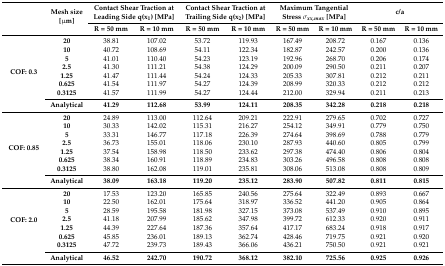
<table><thead><tr><td rowspan="2"></td><td rowspan="2"><b>Mesh size [μm]</b></td><td colspan="2"><b>Contact Shear Traction at Leading Side q(x<sub>1</sub>) [MPa]</b></td><td colspan="2"><b>Contact Shear Traction at Trailing Side q(x<sub>2</sub>) [MPa]</b></td><td colspan="2"><b>Maximum Tangential Stress <i>σ<sub>xx,max</sub></i> [MPa]</b></td><td colspan="2"><b>c/a</b></td></tr><tr><td><b>R = 50 mm</b></td><td><b>R = 10 mm</b></td><td><b>R = 50 mm</b></td><td><b>R = 10 mm</b></td><td><b>R = 50 mm</b></td><td><b>R = 10 mm</b></td><td><b>R = 50 mm</b></td><td><b>R = 10 mm</b></td></tr></thead><tbody><tr><td rowspan="8"><b>COF: 0.3</b></td><td><b>20</b></td><td>38.81</td><td>107.02</td><td>53.72</td><td>119.93</td><td>167.49</td><td>208.72</td><td>0.167</td><td>0.136</td></tr><tr><td><b>10</b></td><td>40.72</td><td>108.69</td><td>54.11</td><td>122.34</td><td>182.87</td><td>242.57</td><td>0.200</td><td>0.136</td></tr><tr><td><b>5</b></td><td>41.01</td><td>110.40</td><td>54.23</td><td>123.19</td><td>192.96</td><td>268.70</td><td>0.206</td><td>0.174</td></tr><tr><td><b>2.5</b></td><td>41.30</td><td>111.21</td><td>54.38</td><td>124.29</td><td>200.09</td><td>290.50</td><td>0.211</td><td>0.207</td></tr><tr><td><b>1.25</b></td><td>41.47</td><td>111.44</td><td>54.24</td><td>124.33</td><td>205.33</td><td>307.81</td><td>0.212</td><td>0.211</td></tr><tr><td><b>0.625</b></td><td>41.54</td><td>111.97</td><td>54.27</td><td>124.39</td><td>208.99</td><td>320.33</td><td>0.212</td><td>0.212</td></tr><tr><td><b>0.3125</b></td><td>41.57</td><td>111.99</td><td>54.27</td><td>124.44</td><td>212.00</td><td>329.94</td><td>0.211</td><td>0.213</td></tr><tr><td><b>Analytical</b></td><td><b>41.29</b></td><td><b>112.68</b></td><td><b>53.99</b></td><td><b>124.11</b></td><td><b>208.35</b></td><td><b>342.28</b></td><td><b>0.218</b></td><td><b>0.218</b></td></tr><tr><td rowspan="8"><b>COF: 0.85</b></td><td><b>20</b></td><td>24.89</td><td>113.00</td><td>112.64</td><td>209.21</td><td>222.91</td><td>279.65</td><td>0.702</td><td>0.727</td></tr><tr><td><b>10</b></td><td>30.33</td><td>142.02</td><td>115.31</td><td>216.27</td><td>254.12</td><td>349.91</td><td>0.779</td><td>0.750</td></tr><tr><td><b>5</b></td><td>33.31</td><td>146.77</td><td>117.18</td><td>226.39</td><td>274.64</td><td>398.69</td><td>0.788</td><td>0.779</td></tr><tr><td><b>2.5</b></td><td>36.73</td><td>155.01</td><td>118.06</td><td>230.10</td><td>287.93</td><td>440.60</td><td>0.805</td><td>0.799</td></tr><tr><td><b>1.25</b></td><td>37.54</td><td>158.98</td><td>118.50</td><td>233.62</td><td>297.38</td><td>474.40</td><td>0.806</td><td>0.804</td></tr><tr><td><b>0.625</b></td><td>38.34</td><td>160.91</td><td>118.89</td><td>234.83</td><td>303.26</td><td>496.58</td><td>0.808</td><td>0.808</td></tr><tr><td><b>0.3125</b></td><td>38.80</td><td>162.08</td><td>119.01</td><td>235.81</td><td>308.06</td><td>513.08</td><td>0.808</td><td>0.809</td></tr><tr><td><b>Analytical</b></td><td><b>38.09</b></td><td><b>163.18</b></td><td><b>119.20</b></td><td><b>235.12</b></td><td><b>283.90</b></td><td><b>507.82</b></td><td><b>0.811</b></td><td><b>0.815</b></td></tr><tr><td rowspan="7"><b>COF: 2.0</b></td><td><b>20</b></td><td>17.53</td><td>123.20</td><td>165.85</td><td>240.56</td><td>275.64</td><td>322.49</td><td>0.893</td><td>0.667</td></tr><tr><td><b>10</b></td><td>22.50</td><td>162.01</td><td>175.64</td><td>318.97</td><td>336.52</td><td>441.20</td><td>0.905</td><td>0.864</td></tr><tr><td><b>5</b></td><td>28.59</td><td>195.58</td><td>181.98</td><td>327.15</td><td>373.08</td><td>537.49</td><td>0.910</td><td>0.895</td></tr><tr><td><b>2.5</b></td><td>41.18</td><td>207.99</td><td>185.62</td><td>347.98</td><td>399.72</td><td>612.33</td><td>0.920</td><td>0.911</td></tr><tr><td><b>1.25</b></td><td>44.39</td><td>227.64</td><td>187.36</td><td>357.64</td><td>417.17</td><td>683.24</td><td>0.918</td><td>0.917</td></tr><tr><td><b>0.625</b></td><td>45.85</td><td>236.01</td><td>189.13</td><td>362.74</td><td>428.46</td><td>719.75</td><td>0.921</td><td>0.920</td></tr><tr><td><b>0.3125</b></td><td>47.72</td><td>239.73</td><td>189.43</td><td>366.06</td><td>436.21</td><td>750.50</td><td>0.921</td><td>0.921</td></tr><tr><td></td><td><b>Analytical</b></td><td><b>46.52</b></td><td><b>242.70</b></td><td><b>190.72</b></td><td><b>368.12</b></td><td><b>382.10</b></td><td><b>725.56</b></td><td><b>0.925</b></td><td><b>0.926</b></td></tr></tbody></table>